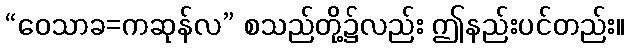
“ဝေသာခ=ကဆုန်လ” စသည်တို့၌လည်း ဤနည်းပင်တည်း။